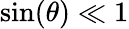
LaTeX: \sin(\theta)\ll 1